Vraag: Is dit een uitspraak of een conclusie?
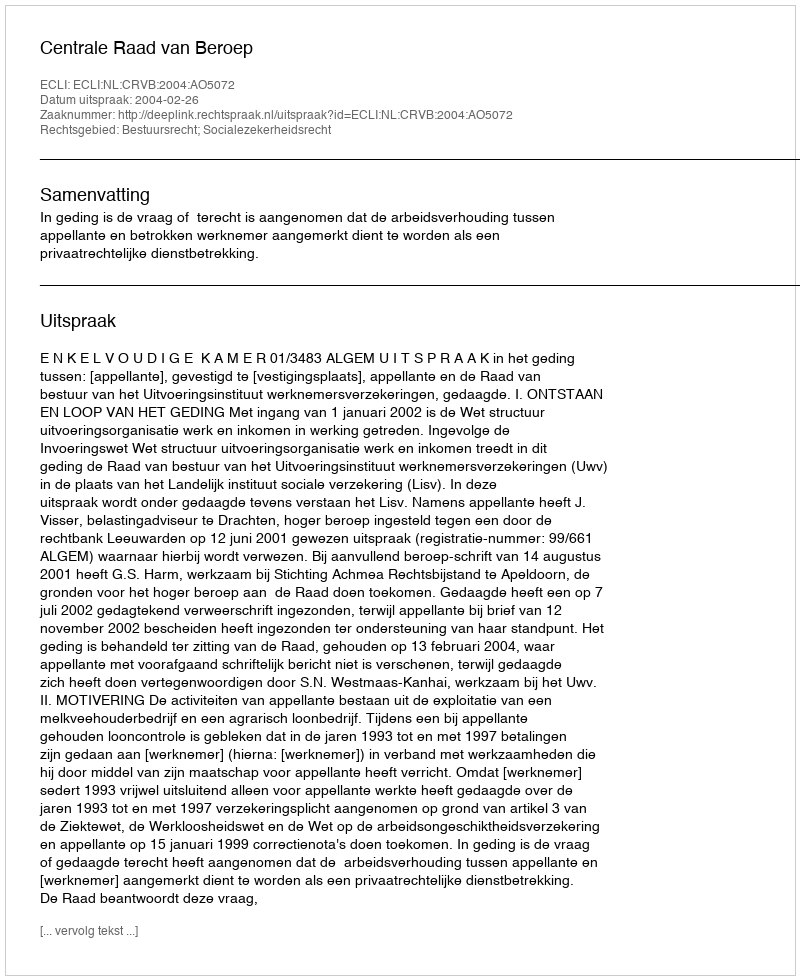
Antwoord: Uitspraak